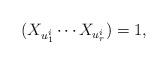
LaTeX: \begin{align*} (X_{u^i_1}\cdots X_{u^i_r})=1,\end{align*}